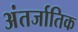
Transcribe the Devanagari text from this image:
अंतर्जातिक